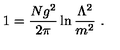
1 = \frac { N g ^ { 2 } } { 2 \pi } \ln \frac { \Lambda ^ { 2 } } { m ^ { 2 } } \ .